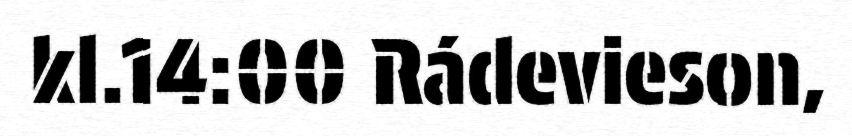
kl.14:00 Rádevieson,